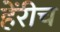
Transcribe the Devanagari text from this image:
हेंरीच